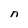
Character: n